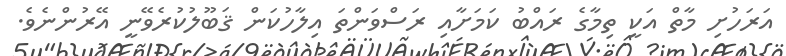
އަރަހުށި މާތް އަކީ ތިމާގެ ރައްބު ކަމަށާއި ރަސްވަންތަ އިލާހުކަން ޤަބޫލުކުރެވޭނީ އޭރުންނެވެ.